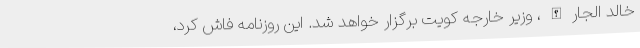
خالد الجارالله، وزیر خارجه کویت برگزار خواهد شد. این روزنامه فاش کرد،